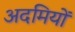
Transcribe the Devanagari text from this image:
अदमियों